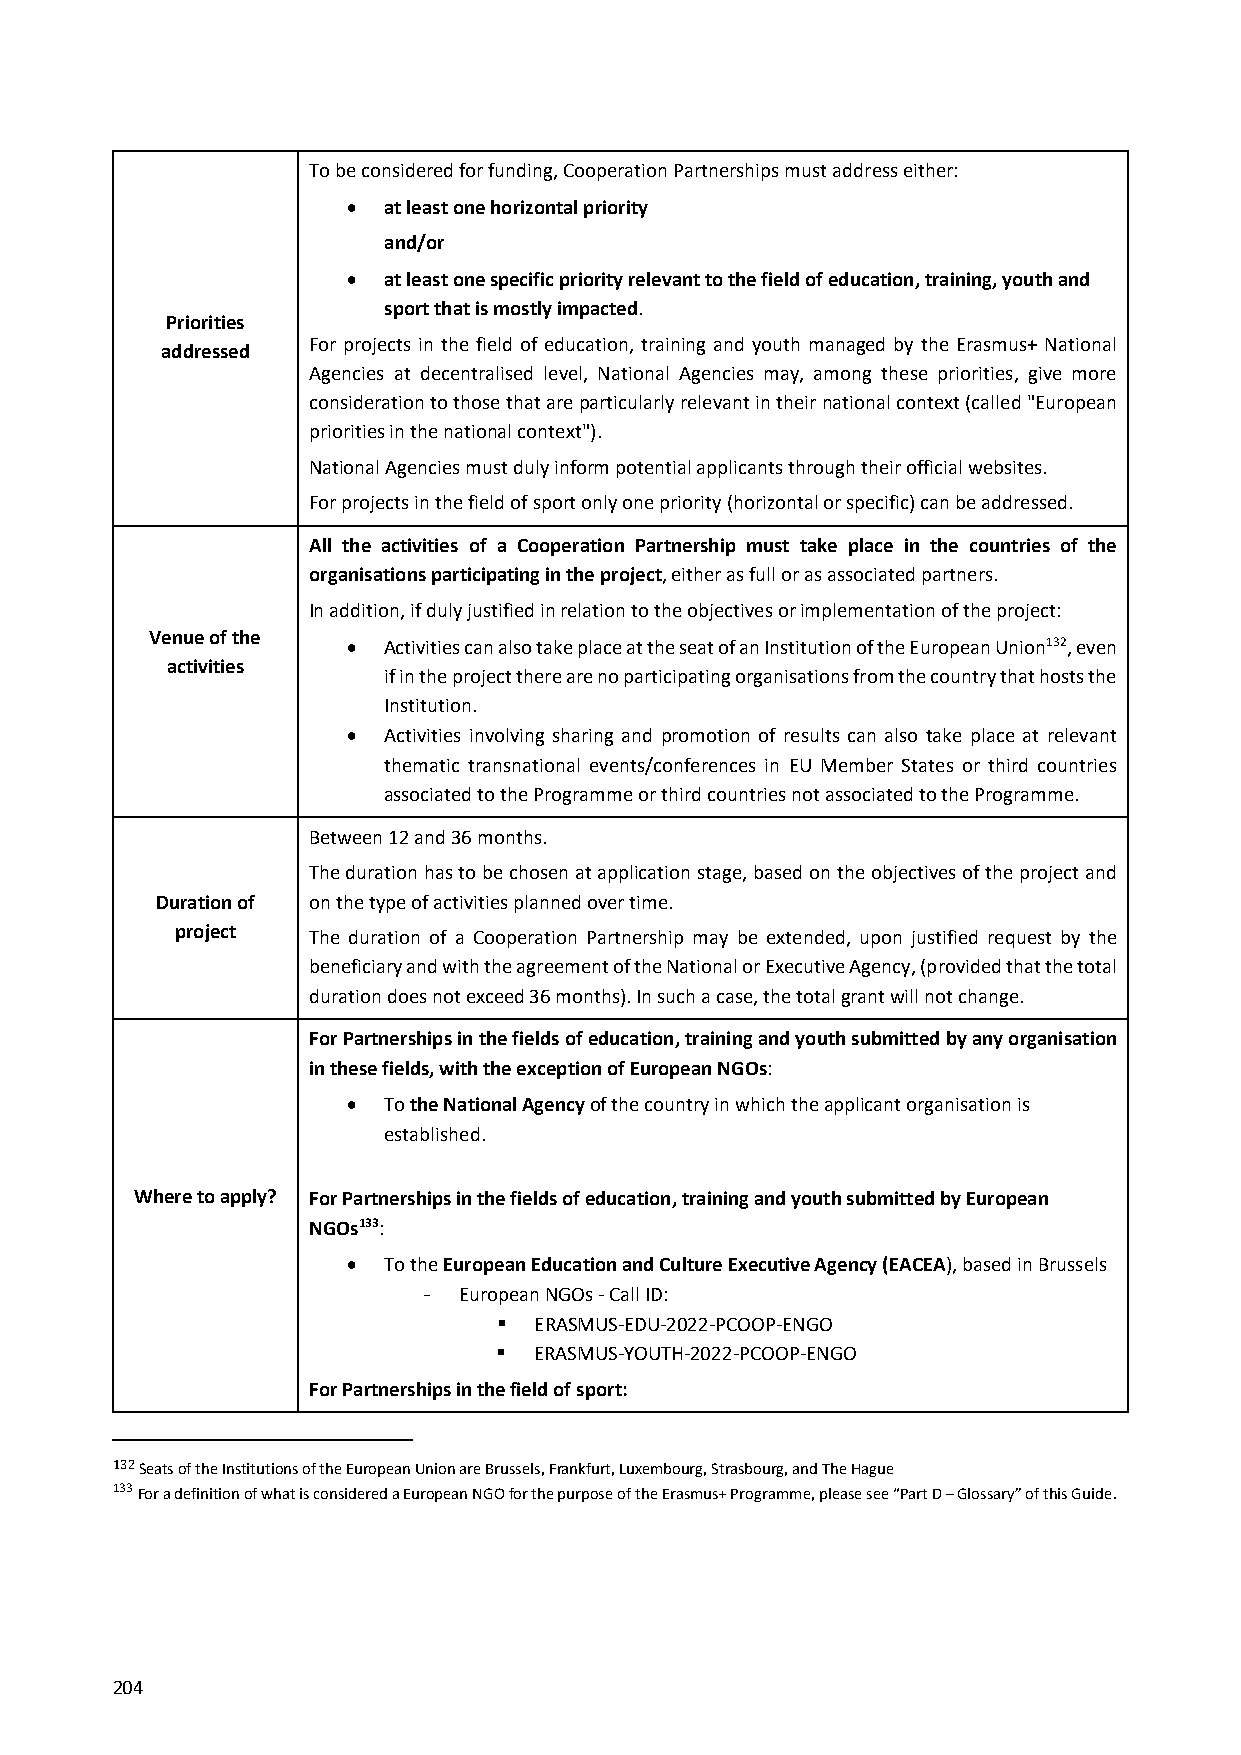
To be considered for funding, Cooperation Partnerships must address either:
  at least one horizontal priority
 and/or
  at least one specific priority relevant to the field of education, training, youth and
 sport that is mostly impacted.
 Priorities
 For projects in the field of education, training and youth managed by the Erasmus+ National
 addressed
 Agencies at decentralised level, National Agencies may, among these priorities, give more
 consideration to those that are particularly relevant in their national context (called "European
 priorities in the national context").
 National Agencies must duly inform potential applicants through their official websites.
 For projects in the field of sport only one priority (horizontal or specific) can be addressed.
 All the activities of a Cooperation Partnership must take place in the countries of the
 organisations participating in the project, either as full or as associated partners.
 In addition, if duly justified in relation to the objectives or implementation of the project:
 Venue of the
  Activities can also take place at the seat of an Institution of the European Union132, even
 activities
 if in the project there are no participating organisations from the country that hosts the
 Institution.
  Activities involving sharing and promotion of results can also take place at relevant
 thematic transnational events/conferences in EU Member States or third countries
 associated to the Programme or third countries not associated to the Programme.
 Between 12 and 36 months.
 The duration has to be chosen at application stage, based on the objectives of the project and
 Duration of on the type of activities planned over time.
 project The duration of a Cooperation Partnership may be extended, upon justified request by the
 beneficiary and with the agreement of the National or Executive Agency, (provided that the total
 duration does not exceed 36 months). In such a case, the total grant will not change.
 For Partnerships in the fields of education, training and youth submitted by any organisation
 in these fields, with the exception of European NGOs:
  To the National Agency of the country in which the applicant organisation is
 established.
 Where to apply? For Partnerships in the fields of education, training and youth submitted by European
 NGOs133:
  To the European Education and Culture Executive Agency (EACEA), based in Brussels
 - European NGOs ‐ Call ID:
  ERASMUS‐EDU‐2022‐PCOOP‐ENGO
  ERASMUS‐YOUTH‐2022‐PCOOP‐ENGO
 For Partnerships in the field of sport:
 132 Seats of the Institutions of the European Union are Brussels, Frankfurt, Luxembourg, Strasbourg, and The Hague
 133 For a definition of what is considered a European NGO for the purpose of the Erasmus+ Programme, please see “Part D – Glossary” of this Guide.
 204